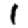
Digit: 1